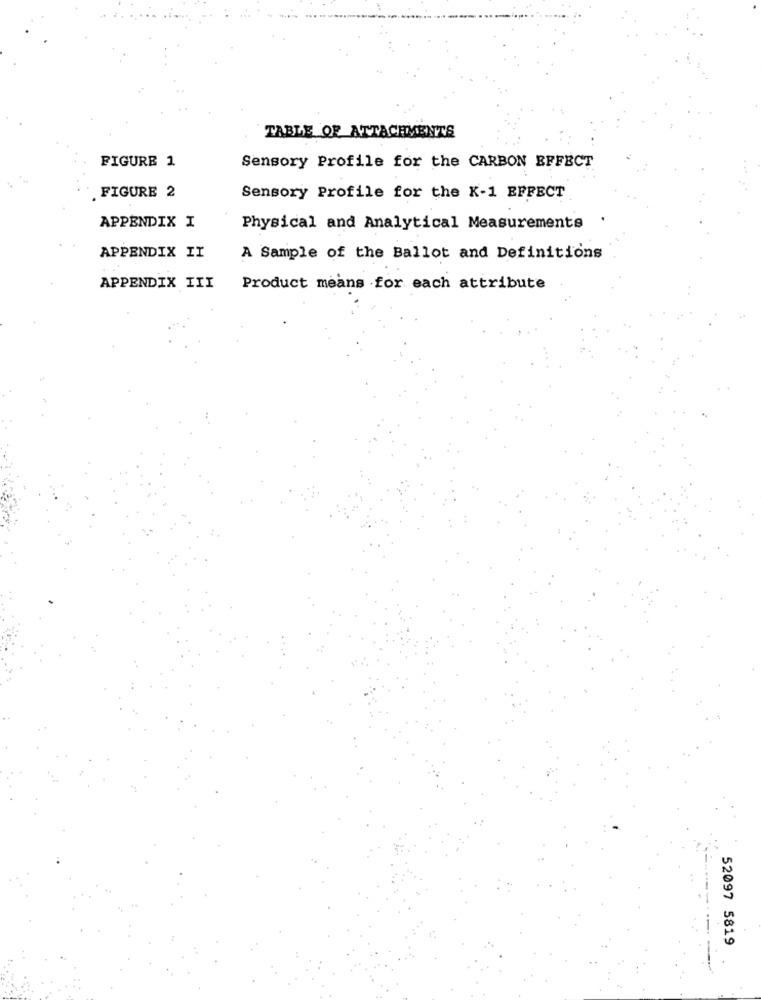
TABLE OF ATTACHMENTS
FIGURE 1
Sensory Profile for the CARBON EFFECT
. FIGURE 2
Sensory Profile for the K-1 EFFECT
APPENDIX I
Physical and Analytical Measurements
APPENDIX IT
A Sample of the Ballot and Definitions
APPENDIX III
Product means for each attribute
....
52097 5819